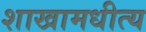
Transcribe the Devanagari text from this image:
शाखामधीत्य